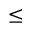
\leq